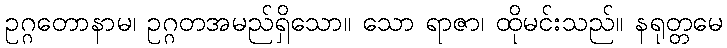
ဥဂ္ဂတောနာမ၊ ဥဂ္ဂတအမည်ရှိသော။ သော ရာဇာ၊ ထိုမင်းသည်။ နရုတ္တမေ